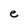
Character: e